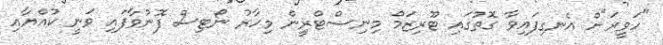
"ހަވީރަ"ށް އެނގިފައިވާ ގޮތުގައި ޓޫރިޒަމް މިނިސްޓްރީން މިހާރު ނޯޓިސް ފޮނުވާފައި ވަނީ ކުއްޔާއި